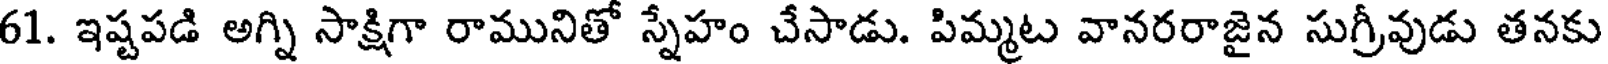
61. ఇష్టపడి అగ్ని సాక్షిగా రామునితో స్నేహం చేసాడు. పిమ్మట వానరరాజైన సుగ్రీవుడు తనకు